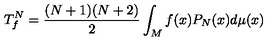
T _ { f } ^ { N } = \frac { ( N + 1 ) ( N + 2 ) } { 2 } \int _ { M } f ( x ) P _ { N } ( x ) d \mu ( x )